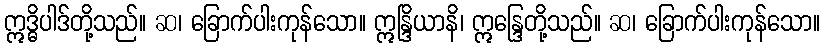
ဣဒ္ဓိပါဒ်တို့သည်။ ဆ၊ ခြောက်ပါးကုန်သော။ ဣန္ဒြိယာနိ၊ ဣန္ဒြေတို့သည်။ ဆ၊ ခြောက်ပါးကုန်သော။